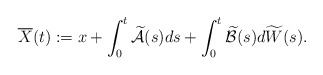
\begin{align*} \overline{X}(t):= x +\int_0^t \widetilde{\mathcal{A}}(s)ds +\int_0^t \widetilde{\mathcal{B}}(s)d\widetilde{W}(s) .\end{align*}